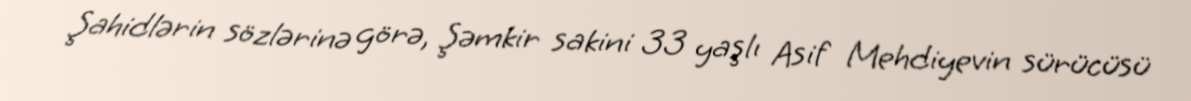
Şahidlərin sözlərinə görə, Şəmkir sakini 33 yaşlı Asif Mehdiyevin sürücüsü